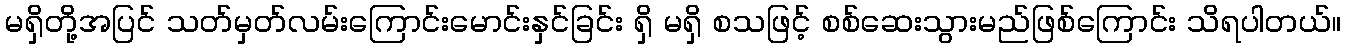
မရှိတို့အပြင် သတ်မှတ်လမ်းကြောင်းမောင်းနှင်ခြင်း ရှိ မရှိ စသဖြင့် စစ်ဆေးသွားမည်ဖြစ်ကြောင်း သိရပါတယ်။